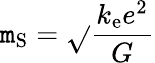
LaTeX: \mathtt{m}_{\mathrm{{S}}}={\sqrt{}{{\frac{{k_{\mathrm{{e}}}e^{2}}}{{G}}}}}